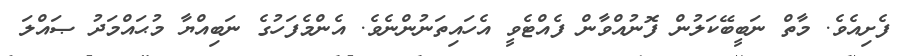
ފެށިއެވެ. މާތް ނަބީބޭކަލުން ފޮނުއްވާން ފެއްޓެވީ އެހައިތަނުންނެވެ. އެންމެފަހުގެ ނަބިއްޔާ މުޙައްމަދު ޞައްލަ